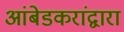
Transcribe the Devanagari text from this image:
आंबेडकरांद्वारा